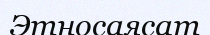
Этносаясат